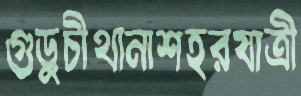
গুড়ুচীথানাশহরযাত্রী